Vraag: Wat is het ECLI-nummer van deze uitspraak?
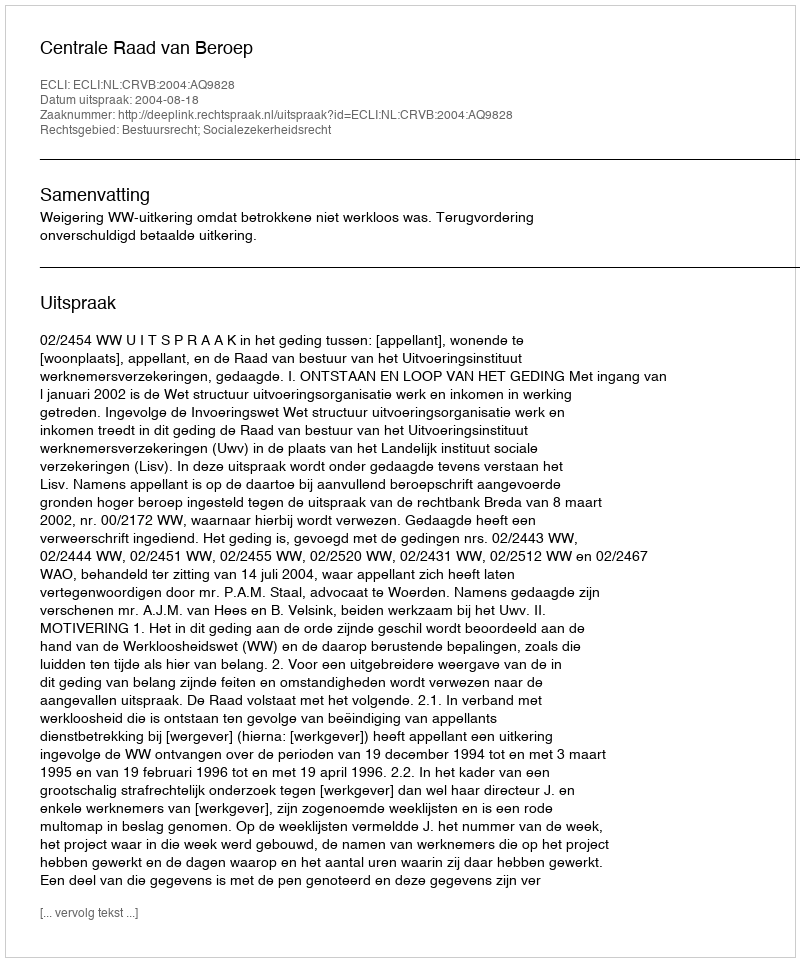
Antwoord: ECLI:NL:CRVB:2004:AQ9828